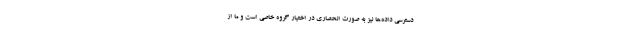
دسترسی داده‌ها نیز به صورت انحصاری در اختیار گروه خاصی است و ما از